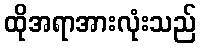
ထိုအရာအားလုံးသည်